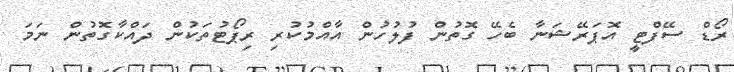
ރޯޑް ސޭފްޓީ އޮޕަރޭޝަނާ ބެހޭ ގޮތުން ފުލުހުން އާއްމުކުރި ރިޕޯޓުތަކުން ދައްކާގޮތުން ނަމަ